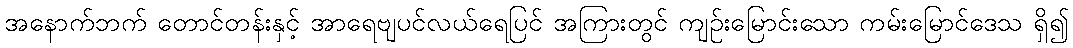
အနောက်ဘက် တောင်တန်းနှင့် အာရေဗျပင်လယ်ရေပြင် အကြားတွင် ကျဉ်းမြောင်းသော ကမ်းမြောင်ဒေသ ရှိ၍